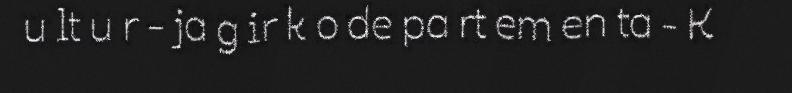
u lt u r - ja g ir k o de pa rt em en ta - K